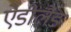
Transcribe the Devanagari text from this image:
ऐडीलैड